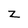
Character: z